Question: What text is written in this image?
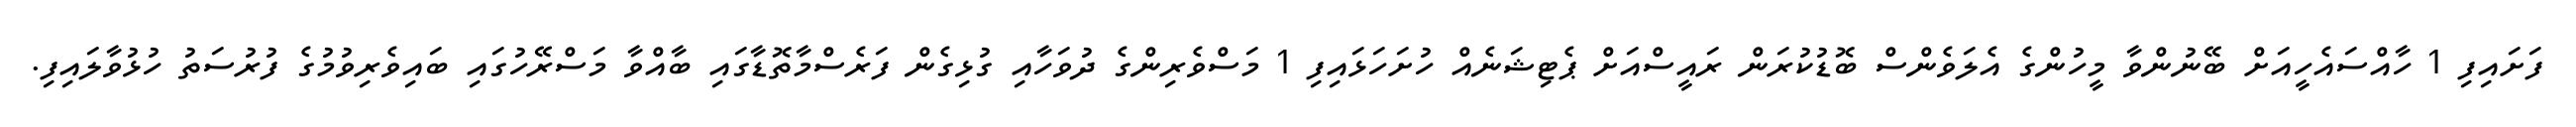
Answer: ފަށައިފި 1 ހާއްސައެހީއަށް ބޭނުންވާ މީހުންގެ އެލަވެންސް ބޮޑުކުރަން ރައީސްއަށް ޕެޓިޝަނެއް ހުށަހަޅައިފި 1 މަސްވެރިންގެ ދުވަހާއި ގުޅިގެން ފަރެސްމާތޮޑާގައި ބާއްވާ މަސްރޭހުގައި ބައިވެރިވުމުގެ ފުރުސަތު ހުޅުވާލައިފި.